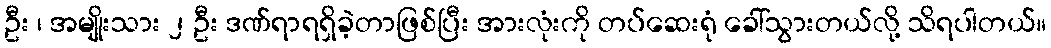
ဦး ၊ အမျိုးသား ၂ ဦး ဒဏ်ရာရရှိခဲ့တာဖြစ်ပြီး အားလုံးကို တပ်ဆေးရုံ ခေါ်သွားတယ်လို့ သိရပါတယ်။